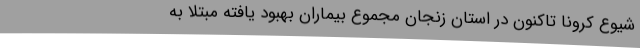
شیوع کرونا تاکنون در استان زنجان مجموع بیماران بهبود یافته مبتلا به